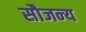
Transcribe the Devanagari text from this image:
सौजन्‍य